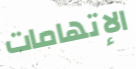
الإتهامات